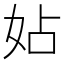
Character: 㚲